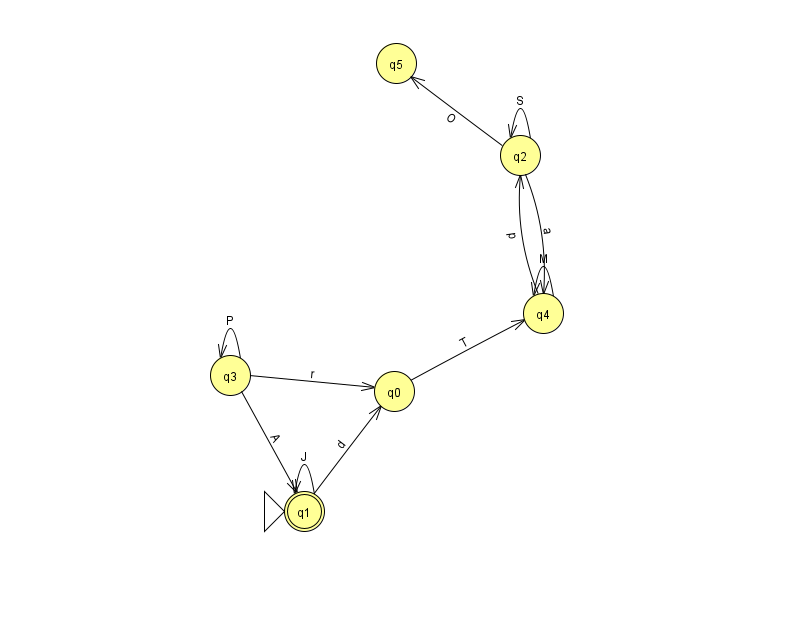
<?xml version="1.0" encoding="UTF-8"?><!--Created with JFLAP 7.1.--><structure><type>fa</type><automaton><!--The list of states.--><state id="0" name="q0"><x>394.0</x><y>378.0</y></state><state id="1" name="q1"><x>304.0</x><y>498.0</y><initial/><final/></state><state id="2" name="q2"><x>520.0</x><y>142.0</y></state><state id="3" name="q3"><x>230.0</x><y>362.0</y></state><state id="4" name="q4"><x>543.0</x><y>300.0</y></state><state id="5" name="q5"><x>396.0</x><y>50.0</y></state><!--The list of transitions.--><transition><from>2</from><to>5</to><read>O</read></transition><transition><from>3</from><to>3</to><read>P</read></transition><transition><from>2</from><to>2</to><read>S</read></transition><transition><from>1</from><to>0</to><read>d</read></transition><transition><from>1</from><to>1</to><read>J</read></transition><transition><from>2</from><to>4</to><read>a</read></transition><transition><from>0</from><to>4</to><read>T</read></transition><transition><from>4</from><to>2</to><read>p</read></transition><transition><from>3</from><to>0</to><read>r</read></transition><transition><from>4</from><to>4</to><read>M</read></transition><transition><from>3</from><to>1</to><read>A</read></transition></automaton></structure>